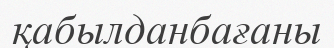
қабылданбағаны